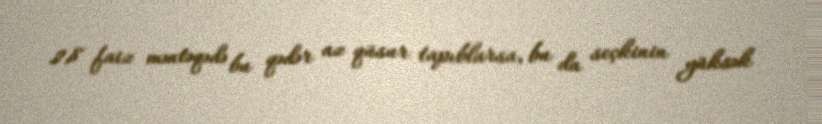
2,8 faiz məntəqədə bu qədər az qüsur tapıblarsa, bu da seçkinin yüksək